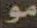
مو